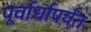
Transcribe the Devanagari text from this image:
पूर्वार्धापर्यंत